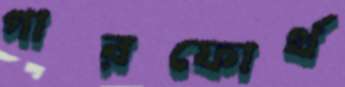
গারফোর্থ